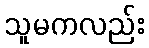
သူမကလည်း